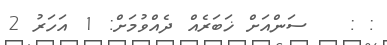
: :   ސަންއަށް ޚަބަރެއް ދެއްވުމަށް: 1 އަހަރު 2